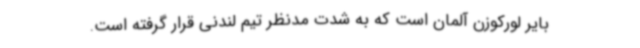
بایر لورکوزن آلمان است که به شدت مدنظر تیم لندنی قرار گرفته است.